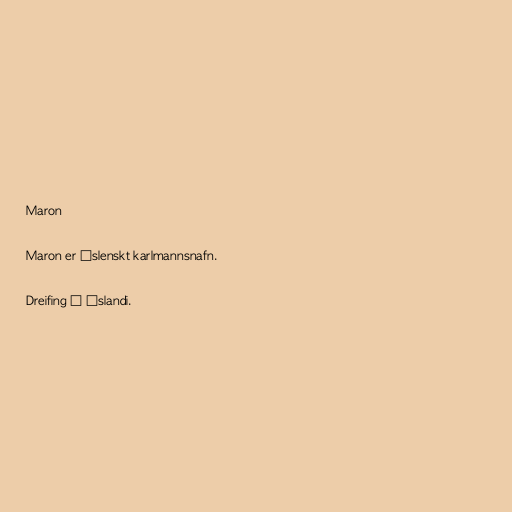
Maron

Maron er íslenskt karlmannsnafn.

Dreifing á Íslandi.